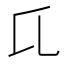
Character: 𬼗